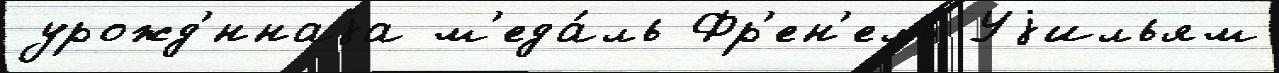
урожд'́ннаjа м'еда́ль Фр'ен'ель Уjильям